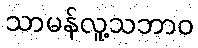
သာမန်လူ့သဘာဝ